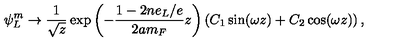
\psi _ { L } ^ { m } \to \frac { 1 } { \sqrt { z } } \exp \left( - \frac { 1 - 2 n e _ { L } / e } { 2 a m _ { F } } z \right) \left( C _ { 1 } \sin ( \omega z ) + C _ { 2 } \cos ( \omega z ) \right) ,